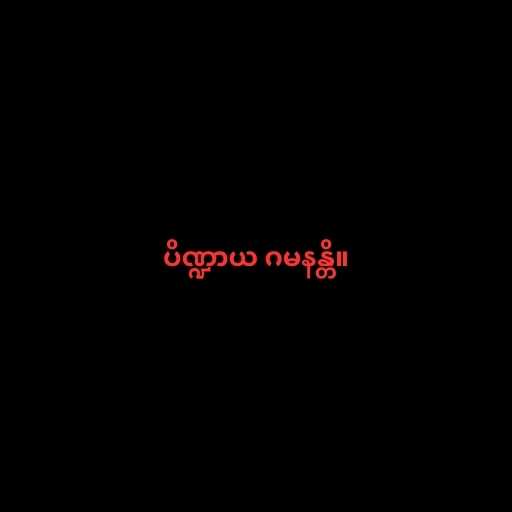
ပိဏ္ဍာယ ဂမနန္တိ။